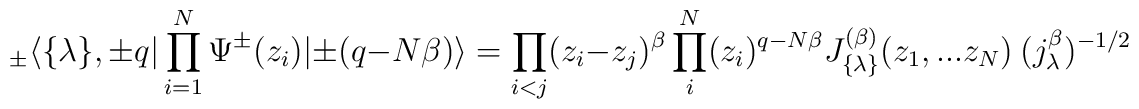
_\pm \langle \{ \lambda \}, \pm q|\prod_{i=1}^{N} \Psi^{\pm}(z_i) |\pm(q- N \beta) \rangle =\prod_{i<j} (z_i -z_j)^{\beta} \prod_i^N  (z_i)^{q- N \beta }J_{\{ \lambda \} }^{(\beta)}(z_1,...z_N) \  ( j_{\lambda}^{\beta})^{-1/2}